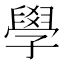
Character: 學